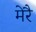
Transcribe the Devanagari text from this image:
मेरै